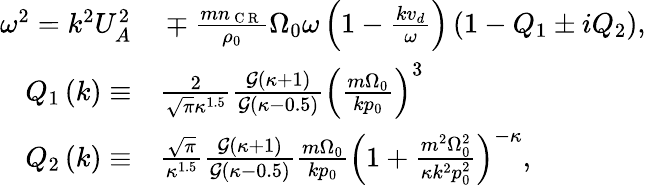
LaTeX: \begin{array}{rl}{\omega^{2}=k^{2}U_{A}^{2}}&{{}\mp\frac{mn_{\mathrm{~C~R~}}}{\rho_{0}}\Omega_{0}\omega\left(1-\frac{kv_{d}}{\omega}\right)\left(1-Q_{1}\pm iQ_{2}\right),}\\ {Q_{1}\left(k\right)\equiv}&{{}\frac{2}{\sqrt{\pi}\kappa^{1.5}}\frac{\mathcal{G}\left(\kappa+1\right)}{\mathcal{G}\left(\kappa-0.5\right)}\left(\frac{m\Omega_{0}}{kp_{0}}\right)^{3}}\\ {Q_{2}\left(k\right)\equiv}&{{}\frac{\sqrt{\pi}}{\kappa^{1.5}}\frac{\mathcal{G}\left(\kappa+1\right)}{\mathcal{G}\left(\kappa-0.5\right)}\frac{m\Omega_{0}}{kp_{0}}\left(1+\frac{m^{2}\Omega_{0}^{2}}{\kappa k^{2}p_{0}^{2}}\right)^{-\kappa},}\end{array}